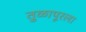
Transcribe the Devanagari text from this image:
तुळापूरला